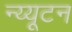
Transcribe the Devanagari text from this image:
न्य्यूटन